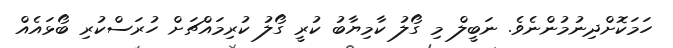
ހަމަކޮށްދިނުމުންނެވެ. ނަބީލް މި ގޯލު ކާމިޔާބު ކުރީ ގޯލު ކުރިމައްޗަށް ހުރަސްކުރި ބޯޅައެއް